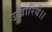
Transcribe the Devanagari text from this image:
उखारिये।।